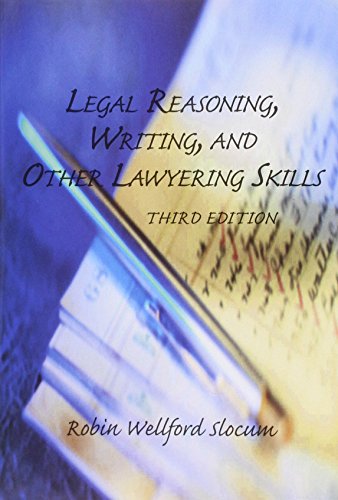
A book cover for Legal Reasoning, Writing, and Other Lawyering Skills; Robin Wellford Slocum; Law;